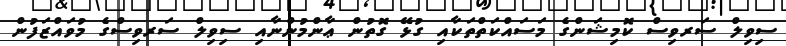
ސިވިލް ސަރވިސް ކޮމިޝަންގެ މަސައްކަތްތަކާއި ގުޅޭ ގޮތުން ޢާންމުންނާއި ސިވިލް ސަރވިސްގެ މުވައްޒަފުން